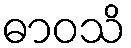
ဓာဝသိ